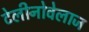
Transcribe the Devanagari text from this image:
टेलीनोवेलाज